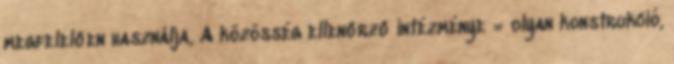
megfelelően használja, A közösség ellenőrző intézménye = olyan konstrukció,